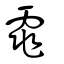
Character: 雿